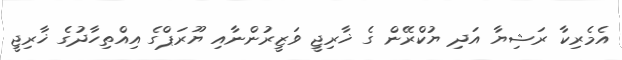
އެމެރިކާ ރަޝިޔާ އަދި ޔުކްރޭން ގެ ޚާރިޖީ ވަޒީރުންނާއި ޔޫރަޕްގެ އިއްތިހާދުގެ ޚާރިޖީ